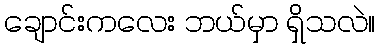
ချောင်းကလေး ဘယ်မှာ ရှိသလဲ။